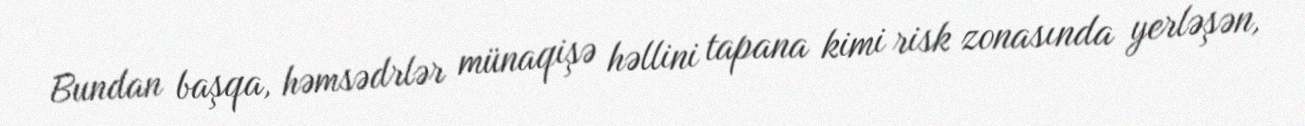
Bundan başqa, həmsədrlər münaqişə həllini tapana kimi risk zonasında yerləşən,